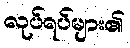
လုပ်ရပ်များ၏